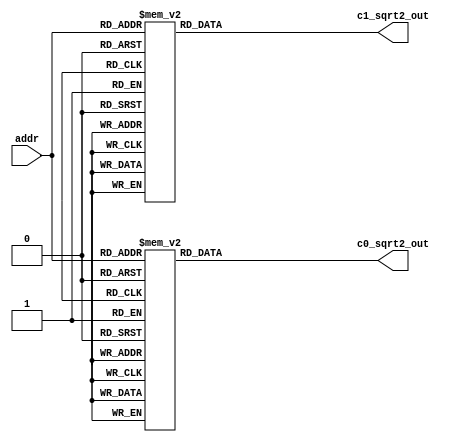
//------------------------------------------------------------------------------
// lookup table for square root unit
// this will have c0,c1 stored when x is [2 4) and 47:40 are used for table lookup
// sqrt_unit_lut_2.v
//
//------------------------------------------------------------------------------

module sqrt_unit_lut_2(
  input [5:0] addr,
  output [11:0] c1_sqrt2_out,
  output [19:0] c0_sqrt2_out
);

reg [11:0] c1_sqrt2;
reg [19:0] c0_sqrt2;

assign c0_sqrt2_out = c0_sqrt2;
assign c1_sqrt2_out = c1_sqrt2;

always @(addr) begin
  case(addr)
6'b000000 : c0_sqrt2 = 20'b00100000000111111100;
6'b000001 : c0_sqrt2 = 20'b00100000010111110011;
6'b000010 : c0_sqrt2 = 20'b00100000100111100100;
6'b000011 : c0_sqrt2 = 20'b00100000110111001101;
6'b000100 : c0_sqrt2 = 20'b00100001000110101111;
6'b000101 : c0_sqrt2 = 20'b00100001010110001000;
6'b000110 : c0_sqrt2 = 20'b00100001100101011101;
6'b000111 : c0_sqrt2 = 20'b00100001110100101001;
6'b001000 : c0_sqrt2 = 20'b00100010000011101110;
6'b001001 : c0_sqrt2 = 20'b00100010010010101101;
6'b001010 : c0_sqrt2 = 20'b00100010100001100101;
6'b001011 : c0_sqrt2 = 20'b00100010110000010111;
6'b001100 : c0_sqrt2 = 20'b00100010111111000010;
6'b001101 : c0_sqrt2 = 20'b00100011001101100111;
6'b001110 : c0_sqrt2 = 20'b00100011011100000111;
6'b001111 : c0_sqrt2 = 20'b00100011101010100010;
6'b010000 : c0_sqrt2 = 20'b00100011111000110101;
6'b010001 : c0_sqrt2 = 20'b00100100000111000101;
6'b010010 : c0_sqrt2 = 20'b00100100010101001101;
6'b010011 : c0_sqrt2 = 20'b00100100100011010001;
6'b010100 : c0_sqrt2 = 20'b00100100110001001110;
6'b010101 : c0_sqrt2 = 20'b00100100111111000111;
6'b010110 : c0_sqrt2 = 20'b00100101001100111011;
6'b010111 : c0_sqrt2 = 20'b00100101011010101001;
6'b011000 : c0_sqrt2 = 20'b00100101101000010010;
6'b011001 : c0_sqrt2 = 20'b00100101110101110101;
6'b011010 : c0_sqrt2 = 20'b00100110000011010100;
6'b011011 : c0_sqrt2 = 20'b00100110010000110000;
6'b011100 : c0_sqrt2 = 20'b00100110011110000110;
6'b011101 : c0_sqrt2 = 20'b00100110101011011000;
6'b011110 : c0_sqrt2 = 20'b00100110111000100100;
6'b011111 : c0_sqrt2 = 20'b00100111000101101101;
6'b100000 : c0_sqrt2 = 20'b00100111010010110001;
6'b100001 : c0_sqrt2 = 20'b00100111011111110000;
6'b100010 : c0_sqrt2 = 20'b00100111101100101101;
6'b100011 : c0_sqrt2 = 20'b00100111111001100100;
6'b100100 : c0_sqrt2 = 20'b00101000000110010110;
6'b100101 : c0_sqrt2 = 20'b00101000010011000101;
6'b100110 : c0_sqrt2 = 20'b00101000011111110010;
6'b100111 : c0_sqrt2 = 20'b00101000101100011001;
6'b101000 : c0_sqrt2 = 20'b00101000111000111011;
6'b101001 : c0_sqrt2 = 20'b00101001000101011011;
6'b101010 : c0_sqrt2 = 20'b00101001010001111000;
6'b101011 : c0_sqrt2 = 20'b00101001011110001111;
6'b101100 : c0_sqrt2 = 20'b00101001101010100100;
6'b101101 : c0_sqrt2 = 20'b00101001110110110100;
6'b101110 : c0_sqrt2 = 20'b00101010000011000001;
6'b101111 : c0_sqrt2 = 20'b00101010001111001001;
6'b110000 : c0_sqrt2 = 20'b00101010011011010001;
6'b110001 : c0_sqrt2 = 20'b00101010100111010100;
6'b110010 : c0_sqrt2 = 20'b00101010110011010010;
6'b110011 : c0_sqrt2 = 20'b00101010111111001111;
6'b110100 : c0_sqrt2 = 20'b00101011001011000111;
6'b110101 : c0_sqrt2 = 20'b00101011010110111101;
6'b110110 : c0_sqrt2 = 20'b00101011100010110000;
6'b110111 : c0_sqrt2 = 20'b00101011101110011110;
6'b111000 : c0_sqrt2 = 20'b00101011111010001001;
6'b111001 : c0_sqrt2 = 20'b00101100000101110001;
6'b111010 : c0_sqrt2 = 20'b00101100010001010111;
6'b111011 : c0_sqrt2 = 20'b00101100011100111010;
6'b111100 : c0_sqrt2 = 20'b00101100101000011011;
6'b111101 : c0_sqrt2 = 20'b00101100110011110110;
6'b111110 : c0_sqrt2 = 20'b00101100111111010010;
6'b111111 : c0_sqrt2 = 20'b00101101001010101000;
endcase
end

always @(addr) begin
  case(addr)
6'b000000 : c1_sqrt2 = 12'b000111111110;
6'b000001 : c1_sqrt2 = 12'b000111111010;
6'b000010 : c1_sqrt2 = 12'b000111110110;
6'b000011 : c1_sqrt2 = 12'b000111110010;
6'b000100 : c1_sqrt2 = 12'b000111101110;
6'b000101 : c1_sqrt2 = 12'b000111101011;
6'b000110 : c1_sqrt2 = 12'b000111100111;
6'b000111 : c1_sqrt2 = 12'b000111100100;
6'b001000 : c1_sqrt2 = 12'b000111100001;
6'b001001 : c1_sqrt2 = 12'b000111011101;
6'b001010 : c1_sqrt2 = 12'b000111011010;
6'b001011 : c1_sqrt2 = 12'b000111010111;
6'b001100 : c1_sqrt2 = 12'b000111010100;
6'b001101 : c1_sqrt2 = 12'b000111010001;
6'b001110 : c1_sqrt2 = 12'b000111001110;
6'b001111 : c1_sqrt2 = 12'b000111001011;
6'b010000 : c1_sqrt2 = 12'b000111001000;
6'b010001 : c1_sqrt2 = 12'b000111000101;
6'b010010 : c1_sqrt2 = 12'b000111000010;
6'b010011 : c1_sqrt2 = 12'b000111000000;
6'b010100 : c1_sqrt2 = 12'b000110111101;
6'b010101 : c1_sqrt2 = 12'b000110111010;
6'b010110 : c1_sqrt2 = 12'b000110111000;
6'b010111 : c1_sqrt2 = 12'b000110110101;
6'b011000 : c1_sqrt2 = 12'b000110110011;
6'b011001 : c1_sqrt2 = 12'b000110110000;
6'b011010 : c1_sqrt2 = 12'b000110101110;
6'b011011 : c1_sqrt2 = 12'b000110101100;
6'b011100 : c1_sqrt2 = 12'b000110101001;
6'b011101 : c1_sqrt2 = 12'b000110100111;
6'b011110 : c1_sqrt2 = 12'b000110100101;
6'b011111 : c1_sqrt2 = 12'b000110100011;
6'b100000 : c1_sqrt2 = 12'b000110100000;
6'b100001 : c1_sqrt2 = 12'b000110011110;
6'b100010 : c1_sqrt2 = 12'b000110011100;
6'b100011 : c1_sqrt2 = 12'b000110011010;
6'b100100 : c1_sqrt2 = 12'b000110011000;
6'b100101 : c1_sqrt2 = 12'b000110010110;
6'b100110 : c1_sqrt2 = 12'b000110010100;
6'b100111 : c1_sqrt2 = 12'b000110010010;
6'b101000 : c1_sqrt2 = 12'b000110010000;
6'b101001 : c1_sqrt2 = 12'b000110001110;
6'b101010 : c1_sqrt2 = 12'b000110001100;
6'b101011 : c1_sqrt2 = 12'b000110001011;
6'b101100 : c1_sqrt2 = 12'b000110001001;
6'b101101 : c1_sqrt2 = 12'b000110000111;
6'b101110 : c1_sqrt2 = 12'b000110000101;
6'b101111 : c1_sqrt2 = 12'b000110000011;
6'b110000 : c1_sqrt2 = 12'b000110000010;
6'b110001 : c1_sqrt2 = 12'b000110000000;
6'b110010 : c1_sqrt2 = 12'b000101111110;
6'b110011 : c1_sqrt2 = 12'b000101111101;
6'b110100 : c1_sqrt2 = 12'b000101111011;
6'b110101 : c1_sqrt2 = 12'b000101111001;
6'b110110 : c1_sqrt2 = 12'b000101111000;
6'b110111 : c1_sqrt2 = 12'b000101110110;
6'b111000 : c1_sqrt2 = 12'b000101110101;
6'b111001 : c1_sqrt2 = 12'b000101110011;
6'b111010 : c1_sqrt2 = 12'b000101110010;
6'b111011 : c1_sqrt2 = 12'b000101110000;
6'b111100 : c1_sqrt2 = 12'b000101101111;
6'b111101 : c1_sqrt2 = 12'b000101101101;
6'b111110 : c1_sqrt2 = 12'b000101101100;
6'b111111 : c1_sqrt2 = 12'b000101101010;
endcase
end
endmodule